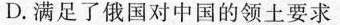
D.满足了俄国对中国的领土要求